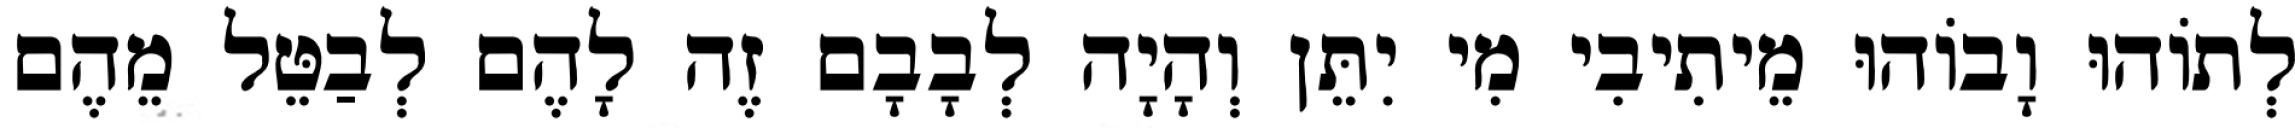
לְתוֹהוּ וָבוֹהוּ מֵיתִיבִי מִי יִתֵּן וְהָיָה לְבָבָם זֶה לָהֶם לְבַטֵּל מֵהֶם